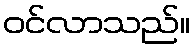
ဝင်လာသည်။